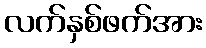
လက်နှစ်ဖက်အား